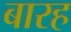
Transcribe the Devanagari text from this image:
बारह